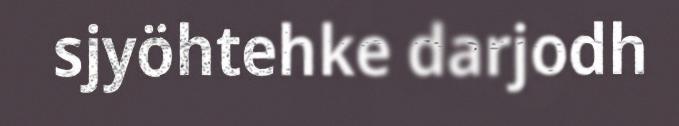
sjyöhtehke darjodh